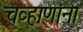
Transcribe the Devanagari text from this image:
चव्हाणांना